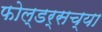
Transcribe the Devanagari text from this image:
फोल्डर्सच्या